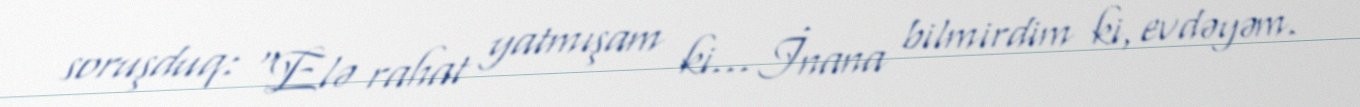
soruşduq: “Elə rahat yatmışam ki... İnana bilmirdim ki, evdəyəm.